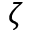
\zeta